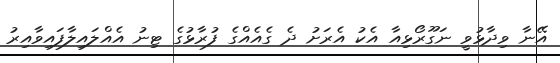
އޭނާ ވިދާޅުވީ ނަގޫރޯޅިއާ އެކު އެރަށު ދެ ގެއެއްގެ ފުރާޅުގެ ޓިނު އެއްލައިލާފައިވާއިރު